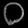
Digit: ၀